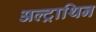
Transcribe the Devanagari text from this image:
अल्ट्राथिन